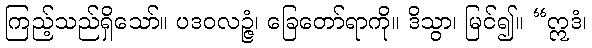
ကြည့်သည်ရှိသော်။ ပဒဝလဉ္ဇံ၊ ခြေတော်ရာကို။ ဒိသွာ၊ မြင်၍။ “ဣဒံ၊